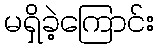
မရှိခဲ့ကြောင်း